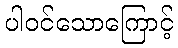
ပါဝင်သောကြောင့်